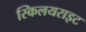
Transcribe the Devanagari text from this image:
स्किलयराइट